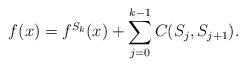
LaTeX: \begin{align*}f(x)=f^{S_k}(x)+\sum_{j=0}^{k-1} C(S_j,S_{j+1}).\end{align*}